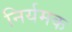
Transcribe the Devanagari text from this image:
निर्यमक